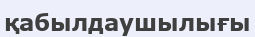
қабылдаушылығы